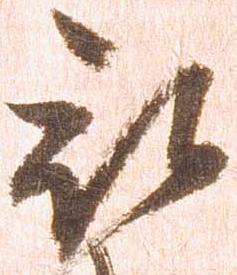
被